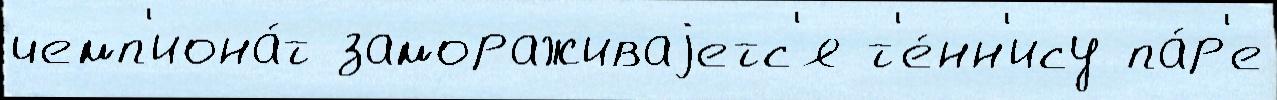
чемп'иона́т замораживаjетс'я т'е́нн'ису па́р'е